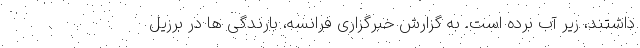
داشتند، زیر آب برده است. به گزارش خبرگزاری فرانسه، بارندگی ها در برزیل